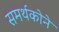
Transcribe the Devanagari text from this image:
समर्थकोने